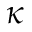
\kappa